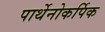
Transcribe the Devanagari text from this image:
पार्थेनोकर्पिक